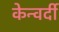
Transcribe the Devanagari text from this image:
केन्वर्दी